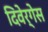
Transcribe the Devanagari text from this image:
दिवेर्गेस